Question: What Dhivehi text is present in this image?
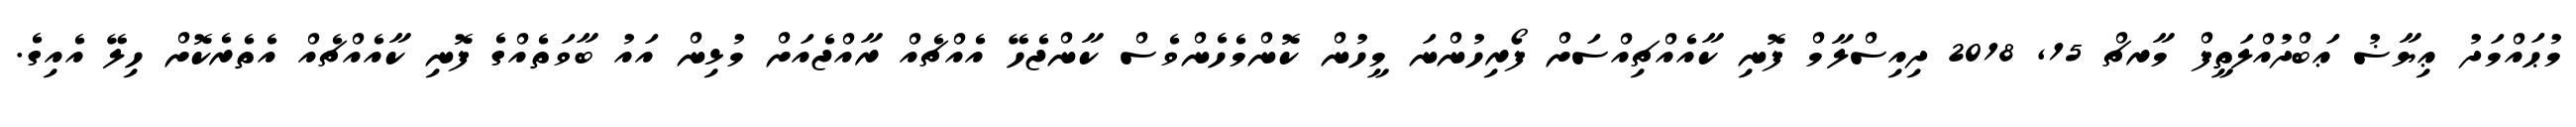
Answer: މުޙައްމަދު ޢިޔާޟު ޢަބްދުއްލަތީފް މާރޗް 15, 2018 ދިއިސްލާމް ފޮނި ކާއެއްޗިއްސަށް ފޯރިހުންނަ މީހުން ކޮންމެހެންވެސް ކާންޖެހޭ އެއްޗެއް ރާއްޖެއަށް މުޅިން އައު ބާވަތެއްގެ ފޮނި ކާއެއްޗެއް އެތެރެކޮށް ހިލޭ އެއިގެ.